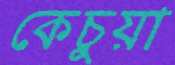
কেচুয়া